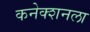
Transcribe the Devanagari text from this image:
कनेक्शनला